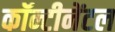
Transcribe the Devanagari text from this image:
कॉन्टीनेंटल